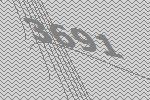
3691